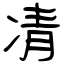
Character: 凊